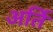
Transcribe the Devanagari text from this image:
अर्ति